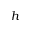
h